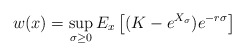
\begin{align*}w(x)=\sup_{\sigma\geq 0}E_x\left[(K-e^{X_{\sigma}})e^{-r\sigma}\right] \end{align*}